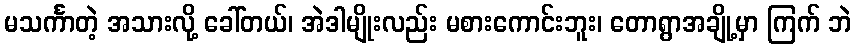
မသင်္ကာတဲ့ အသားလို့ ခေါ်တယ်၊ အဲဒါမျိုးလည်း မစားကောင်းဘူး၊ တောရွာအချို့မှာ ကြက် ဘဲ